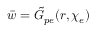
\bar { w } = \tilde { G } _ { p e } ( r , \chi _ { e } )